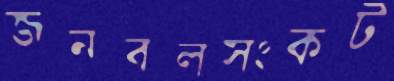
জনবলসংকট